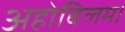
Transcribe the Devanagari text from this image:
अहोबिलम।